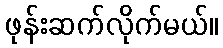
ဖုန်းဆက်လိုက်မယ်။